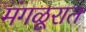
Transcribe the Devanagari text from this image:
मंगळूरात